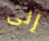
إلى